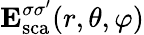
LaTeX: \mathbf{E}_{\mathrm{{sca}}}^{\sigma\sigma^{\prime}}(r,\theta,\varphi)